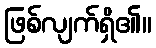
ဖြစ်လျက်ရှိ၏။